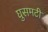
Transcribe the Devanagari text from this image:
घुसमटी